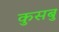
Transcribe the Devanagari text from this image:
कुसबु